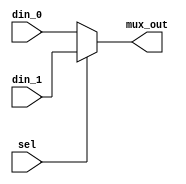
//Instance of systolic array
`timescale 1ns/100ps

module mux(
din_0      , // Mux first input
din_1      , // Mux Second input
sel        , // Select input
mux_out      // Mux output
);
//-----------Input Ports---------------
input [7:0] din_0;
input [7:0] din_1; 
input sel ;
//-----------Output Ports---------------
output [7:0] mux_out;
//-------------Code Start-----------------
assign mux_out = (sel) ? din_1 : din_0;

endmodule //End Of Module mux